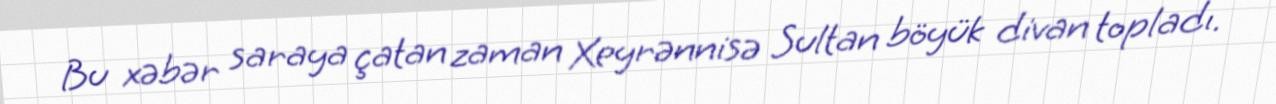
Bu xəbər saraya çatan zaman Xeyrənnisə Sultan böyük divan topladı.